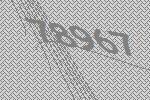
78967